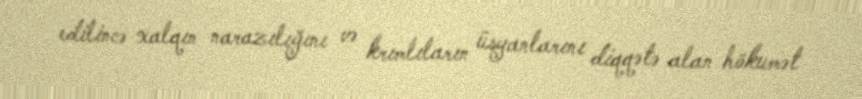
edilincə xalqın narazılığını və krımlıların üsyanlarını diqqətə alan hökumət